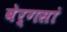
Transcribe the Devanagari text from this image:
बेर्गसां